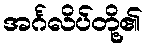
အင်္ဂလိပ်တို့၏